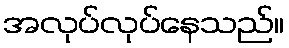
အလုပ်လုပ်နေသည်။